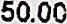
50.00